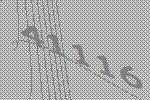
41116